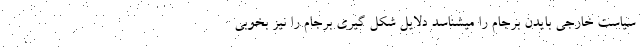
سیاست خارجی بایدن برجام را میشناسد دلایل شکل گیری برجام را نیز بخوبی